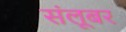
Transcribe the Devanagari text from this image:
संलूबर